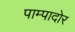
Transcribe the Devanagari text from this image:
पाम्पादोर